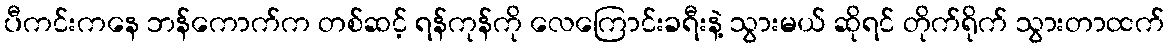
ပီကင်းကနေ ဘန်ကောက်က တစ်ဆင့် ရန်ကုန်ကို လေကြောင်းခရီးနဲ့ သွားမယ် ဆိုရင် တိုက်ရိုက် သွားတာထက်